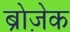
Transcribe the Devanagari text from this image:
ब्रोज़ेक